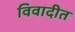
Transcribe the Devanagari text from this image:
विवादीत